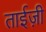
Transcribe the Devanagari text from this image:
ताईज़ी